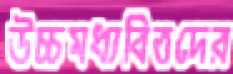
উচ্চমধ্যবিত্তদের